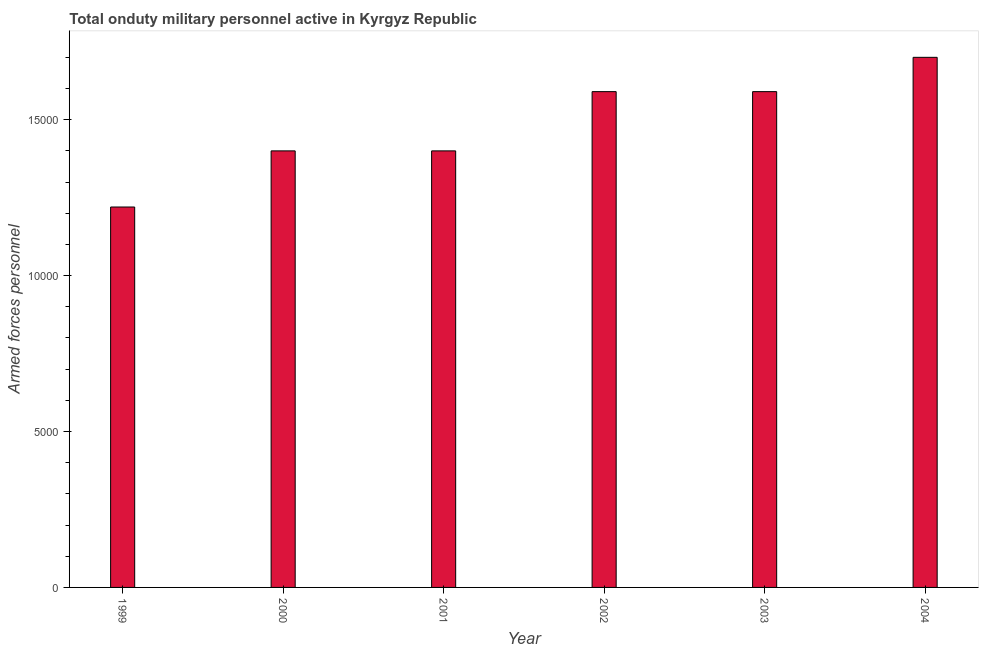
| Year | Armed forces personnel |
 | --- | --- |
 | 1999 | 1.22e+04 |
 | 2000 | 1.4e+04 |
 | 2001 | 1.4e+04 |
 | 2002 | 1.59e+04 |
 | 2003 | 1.59e+04 |
 | 2004 | 1.7e+04 |